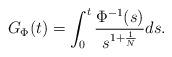
LaTeX: \begin{align*}G_{\Phi}(t) = \int_{0}^{t}\frac{\Phi^{-1}(s)}{s^{1+\frac{1}{N}}}ds.\end{align*}